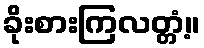
ခိုးစားကြလတ္တံ့။